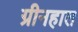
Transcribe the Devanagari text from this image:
ग्रीनहाल